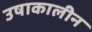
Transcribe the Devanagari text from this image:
उषाकालीन